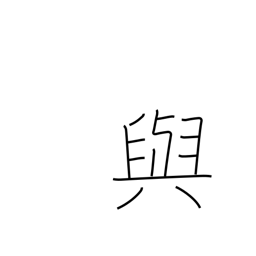
Meaning: provide